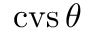
\operatorname { c v s } \theta